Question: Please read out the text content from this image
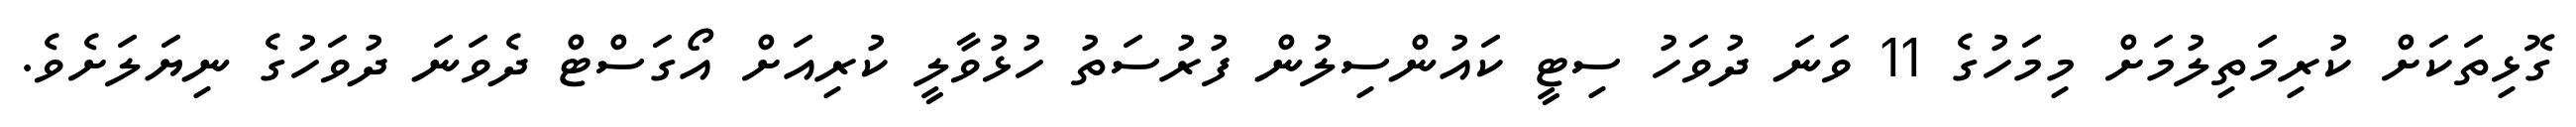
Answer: ގޮޅިތަކަށް ކުރިމަތިލުމަށް މިމަހުގެ 11 ވަނަ ދުވަހު ސިޓީ ކައުންސިލުން ފުރުސަތު ހުޅުވާލީ ކުރިއަށް އޯގަސްޓް ދެވަނަ ދުވަހުގެ ނިޔަލަށެވެ.